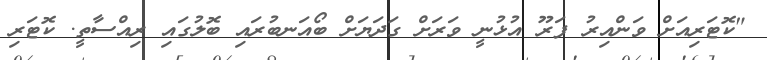
"ކޮޓަރިއަށް ވަންއިރު ފަރޫ އުޅުނީ ވަރަށް ގަދަޔަށް ބޯއަނބުރައި ބޮލުގައި ރިއްސާތީ. ކޮޓަރި